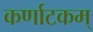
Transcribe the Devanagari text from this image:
कर्णाटकम्